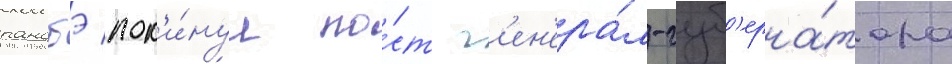
ранобэ пок'и́нул по́ст г'ен'ера́л-губ'ерна́тора